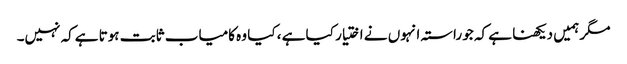
مگر ہمیں دیکھنا ہے کہ جو راستہ انہوں نے اختیار کیا ہے ، کیا وہ کامیاب ثابت ہوتا ہےکہ نہیں۔